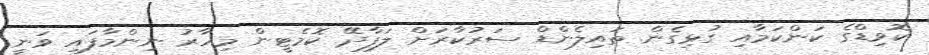
ކޮވިޑްގެ ކަންކަމާއި ގުޅިގެން ތައިލެންޑް ސަރުކާރަށް ލަފާދޭ ކޮމެޓީން މިހާރު ނިންމާފައި ވަނީ